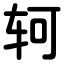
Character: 轲